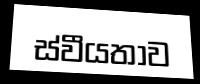
ස්වීයතාව